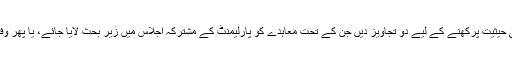
اسلام آباد ہائی کورٹ نے دھرنا معاہدے کی قانونی حیثیت پرکھنے کے لیے دو تجاویز دیں جن کے تحت معاہدے کو پارلیمنٹ کے مشترکہ اجلاس میں زیرِ بحث لایا جائے، یا پھر وفاق اور ثالث معاہدے کی قانونی حیثیت کو پرکھیں۔